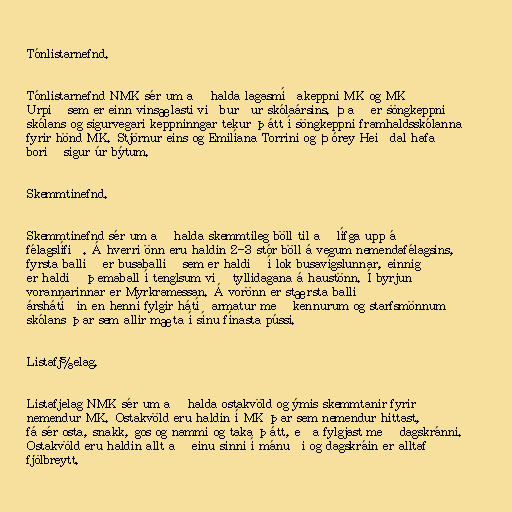
Tónlistarnefnd.

Tónlistarnefnd NMK sér um að halda lagasmíðakeppni MK og MK
Urpið sem er einn vinsælasti viðburður skólaársins. Það er söngkeppni
skólans og sigurvegari keppninngar tekur þátt í söngkeppni framhaldsskólanna
fyrir hönd MK. Stjörnur eins og Emilíana Torrini og Þórey Heiðdal hafa
borið sigur úr býtum.

Skemmtinefnd.

Skemmtinefnd sér um að halda skemmtileg böll til að lífga upp á
félagslífið. Á hverri önn eru haldin 2-3 stór böll á vegum nemendafélagsins,
fyrsta ballið er busaballið sem er haldið í lok busavígslunnar, einnig
er haldið þemaball í tenglsum við tyllidagana á haustönn. Í byrjun
vorannarinnar er Myrkramessan. Á vorönn er stærsta ballið
árshátíðin en henni fylgir hátíðarmatur með kennurum og starfsmönnum
skólans þar sem allir mæta í sínu fínasta pússi.

Listafj⅝elag.

Listafjelag NMK sér um að halda ostakvöld og ýmis skemmtanir fyrir
nemendur MK. Ostakvöld eru haldin í MK þar sem nemendur hittast,
fá sér osta, snakk, gos og nammi og taka þátt, eða fylgjast með dagskránni.
Ostakvöld eru haldin allt að einu sinni í mánuði og dagskráin er alltaf
fjölbreytt.